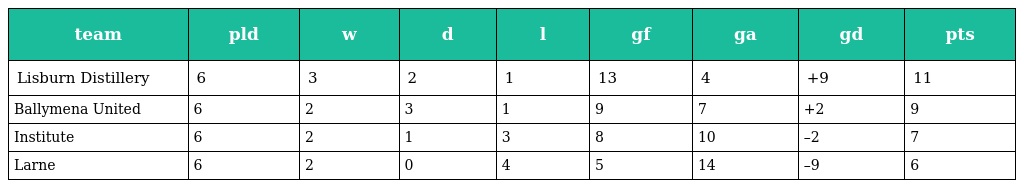
| team | pld | w | d | l | gf | ga | gd | pts |
 | --- | --- | --- | --- | --- | --- | --- | --- | --- |
 | Lisburn Distillery | 6 | 3 | 2 | 1 | 13 | 4 | +9 | 11 |
 | Ballymena United | 6 | 2 | 3 | 1 | 9 | 7 | +2 | 9 |
 | Institute | 6 | 2 | 1 | 3 | 8 | 10 | –2 | 7 |
 | Larne | 6 | 2 | 0 | 4 | 5 | 14 | –9 | 6 |